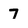
Character: 7